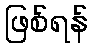
ဖြစ်ရန်